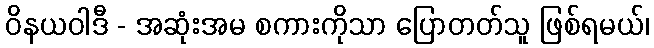
ဝိနယဝါဒီ - အဆုံးအမ စကားကိုသာ ပြောတတ်သူ ဖြစ်ရမယ်၊